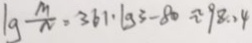
\lg \frac { M } { N } = 3 6 1 \cdot \lg 3 - 8 0 \approx 9 8 . 4